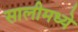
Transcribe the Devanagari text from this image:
सालीमध्ये